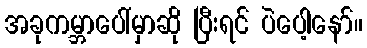
အခုကမ္ဘာပေါ်မှာဆို ပြီးရင် ပဲပေါ့နော်။